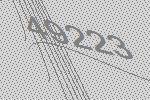
49223